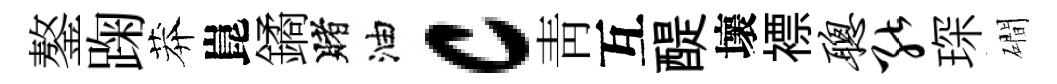
鏊踘莽崑鐍賭油c靑互醍壞褾聪能琛磵